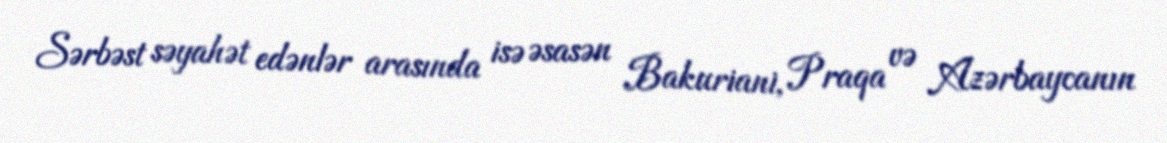
Sərbəst səyahət edənlər arasında isə əsasən Bakuriani, Praqa və Azərbaycanın